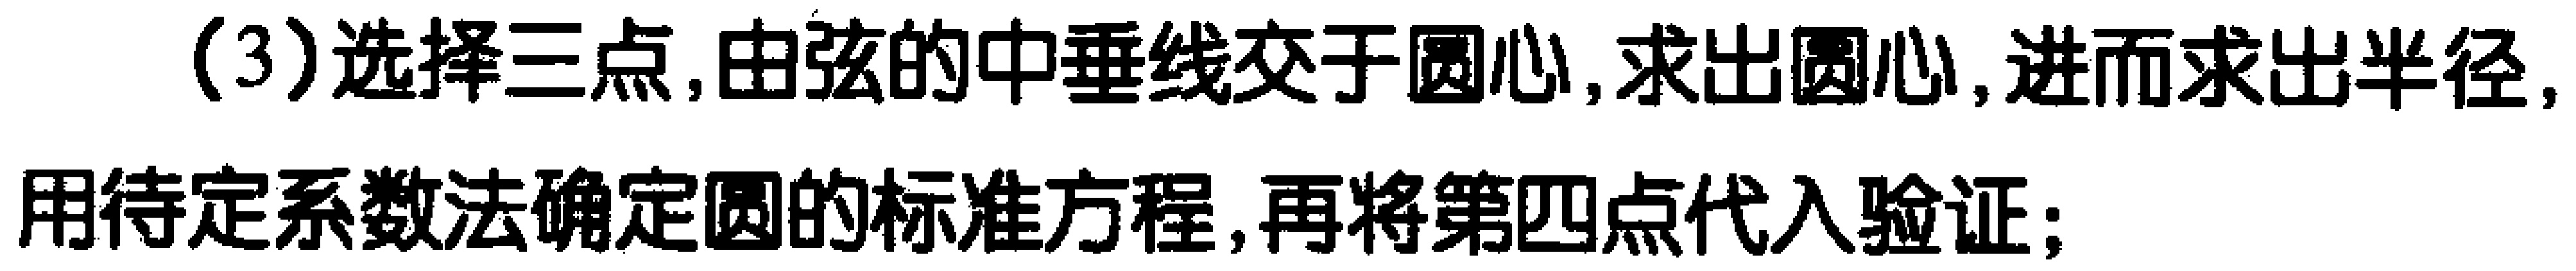
(3)选择三点,由弦的中垂线交于圆心,求出圆心,进而求出半径,用待定系数法确定圆的标准方程,再将第四点代入验证;